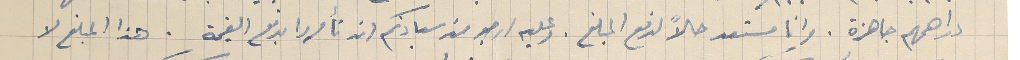
دراهمهم جاهزة. وانا مستعد حالاً لدفع المبلغ. وعليه ارجو من سيادتكم ان تأمروا بدفع القيمة. هذا المبلغ لا